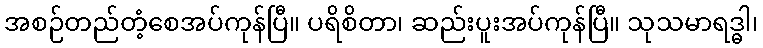
အစဉ်တည်တံ့စေအပ်ကုန်ပြီ။ ပရိစိတာ၊ ဆည်းပူးအပ်ကုန်ပြီ။ သုသမာရဒ္ဓါ၊